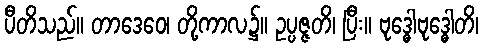
ပီတိသည်။ တာဒေဝေ၊ တို့ကာလ၌။ ဥပ္ပဇ္ဇတိ၊ ပြီး။ ဗုဒ္ဓေါဗုဒ္ဓေါတိ၊